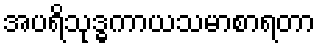
အပရိသုဒ္ဓကာယသမာစာရတာ